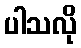
ပါသလို